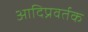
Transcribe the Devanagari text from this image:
आदिप्रवर्तक